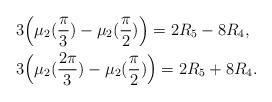
LaTeX: \begin{align*}&3\Big(\mu_{2}(\frac{\pi}{3})-\mu_{2}(\frac{\pi}{2})\Big)=2R_{5}-8R_{4} ,\\&3\Big(\mu_{2}(\frac{2\pi}{3})-\mu_{2}(\frac{\pi}{2})\Big)=2R_{5}+8R_{4} .\end{align*}